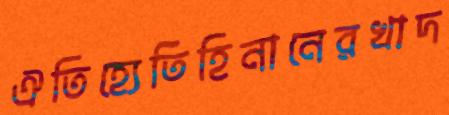
ঐতিহ্যেতিহিনানেরখাদ